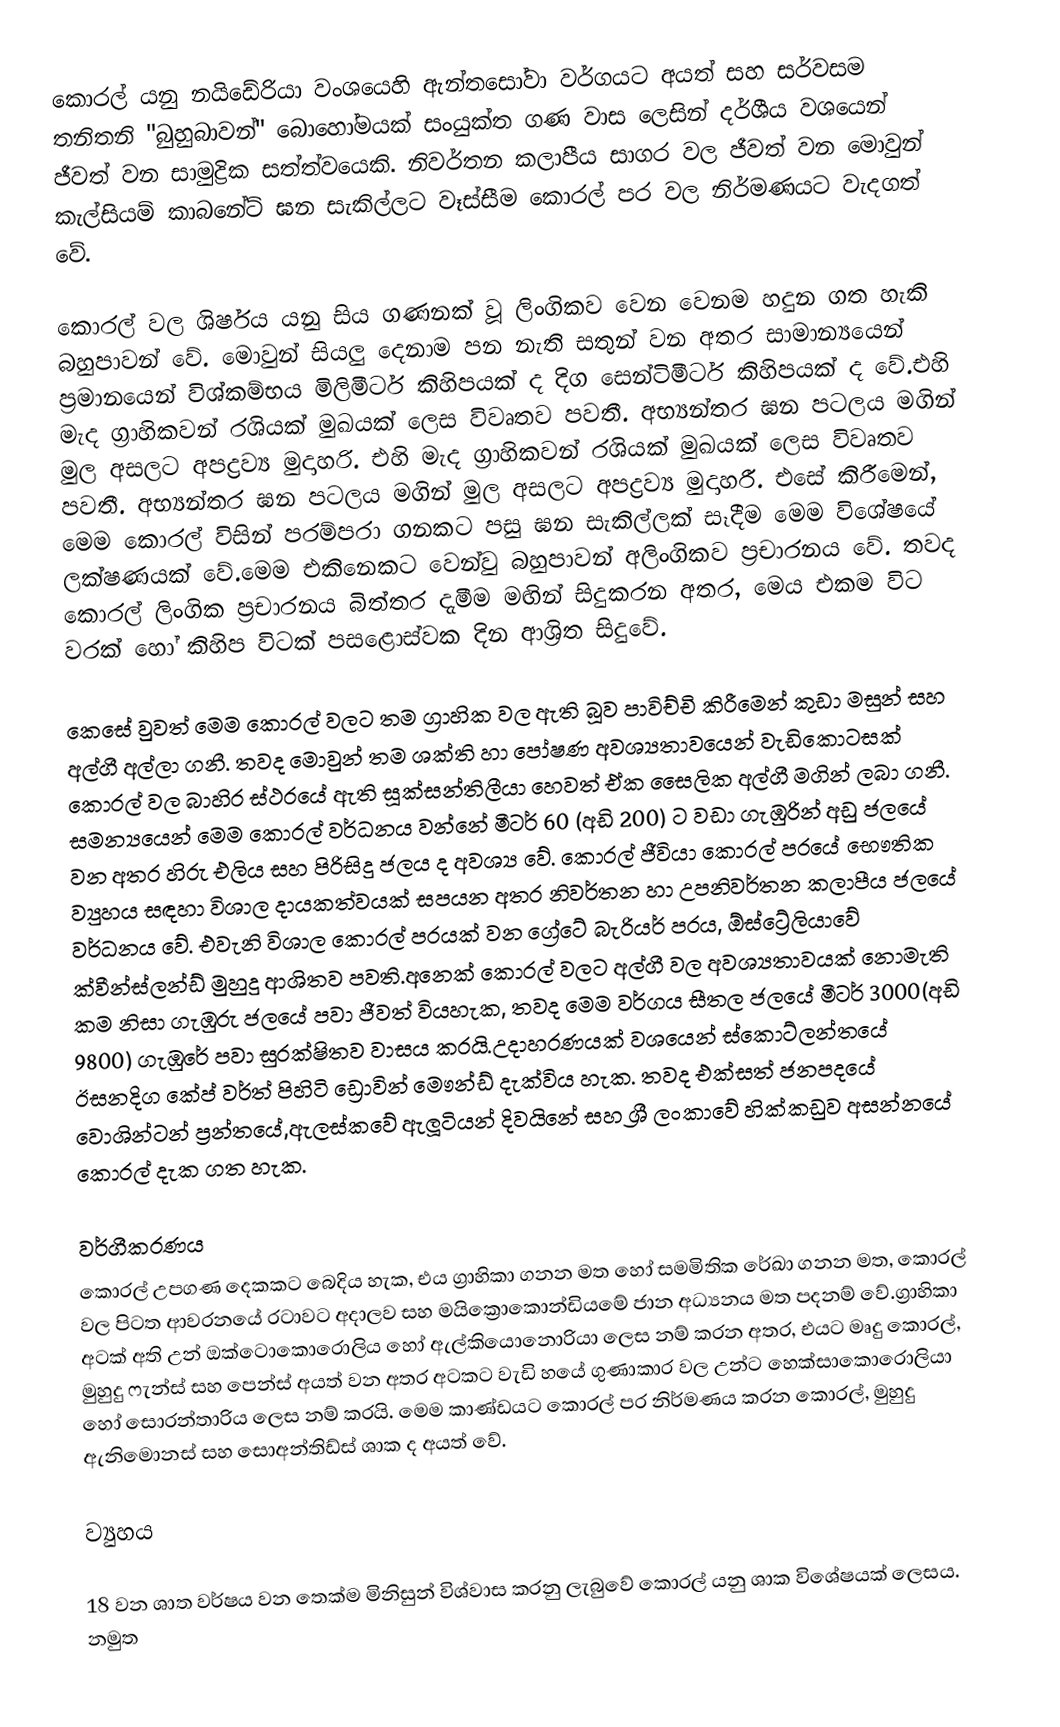
කොරල් යනු  නයිඩේරියා වංශයෙහි ඇන්තසෝවා වර්ගයට අයත්  සහ  සර්වසම තනිතනි "බුහුබාවන්" බොහෝමයක්  සංයුක්ත ගණ වාස ලෙසින් දර්ශීය වශයෙන් ජීවත් වන සාමුද්‍රික සත්ත්වයෙකි. නිවර්තන කලාපීය සාගර වල ජීවත් වන මොවුන් කැල්සියම් කාබනේට් ඝන සැකිල්ලට වෑස්සීම කොරල් පර වල නිර්මණයට වැදගත් වේ.

කොරල් වල ශිර්ෂය යනු සිය ගණනක් වූ ලිංගිකව වෙන වෙනම හදුන ගත හැකි බහුපාවන් වේ. මොවුන් සියලු දෙනාම පන නැති සතුන් වන අතර  සාමාන්‍යයෙන් ප්‍රමානයෙන් විශ්කම්භය මිලිමීටර් කිහිපයක් ද දිග සෙන්ටිමීටර් කිහිපයක් ද වේ.එහි මැද ග්‍රාහිකවන් රශියක් මුඛයක් ලෙස විවෘතව පවතී.  අභ්‍යන්තර ඝන පටලය මගින් මුල අසලට අපද්‍රව්‍ය මුදාහරි.	එහි මැද ග්‍රාහිකවන් රශියක් මුඛයක් ලෙස විවෘතව පවතී. අභ්‍යන්තර ඝන පටලය මගින් මුල අසලට අපද්‍රව්‍ය මුදාහරී. එසේ කිරීමෙන්, මෙම කොරල් විසින් පරම්පරා ගනකට පසු ඝන සැකිල්ලක් සෑදීම මෙම විශේෂයේ ලක්ෂණයක් වේ.මෙම එකිනෙකට වෙන්වු බහුපාවන් අලිංගිකව ප්‍රචාරනය වේ. තවද කොරල් ලිංගික ප්‍රචාරනය බිත්තර දැමීම මඟින් සිදුකරන අතර, මෙය එකම විට වරක් හෝ කිහිප විටක් පසළොස්වක දින ආශ්‍රිත සිදුවේ.

කෙසේ වුවත් මෙම කොරල් වලට තම ග්‍රාහික වල ඇති බූව පාවිච්චි කිරීමෙන් කුඩා මසුන් සහ අල්ගී අල්ලා ගනී. තවද මොවුන් තම ශක්ති හා පෝෂණ අවශ්‍යතාවයෙන් වැඩිකොටසක් කොරල් වල බාහිර ස්ථරයේ ඇති සූක්සන්තිලීයා හෙවත් ඒක සෛලික අල්ගී මගින් ලබා ගනී. සමන්‍යයෙන් මෙම කොරල් වර්ධනය වන්නේ මීටර් 60 (අඩි 200) ට වඩා ගැඹුරින් අඩු ජලයේ වන අතර හිරු එලිය සහ පිරිසිදු ජලය ද අවශ්‍ය වේ. කොරල් ජීවියා කොරල් පරයේ භෞතික ව්‍යුහය සඳහා විශාල දායකත්වයක් සපයන අතර නිවර්තන හා උපනිවර්තන කලාපීය ජලයේ වර්ධනය වේ. එවැනි විශාල කොරල් පරයක් වන ග්‍රේටේ බැරියර් පරය, ඕස්ට්‍රේලියාවේ ක්වීන්ස්ලන්ඩ් මුහුදු ආශිතව පවති.අනෙක් කොරල් වලට අල්ගී වල අවශ්‍යතාවයක් නොමැති කම නිසා ගැඹුරු ජලයේ පවා ජීවත් වියහැක, තවද මෙම වර්ගය සීතල ජලයේ මීටර් 3000(අඩි 9800) ගැඹුරේ පවා සුරක්ෂිතව වාසය කරයි.උදාහරණයක් වශයෙන් ස්කොට්ලන්තයේ ඊසනදිග කේප් වර්ත් පිහිටි ඩ්‍රොවින් මෞන්ඩ් දැක්විය හැක. තවද එක්සත් ජනපදයේ වොශින්ටන් ප්‍රන්තයේ,ඇලස්කවේ ඇලූටියන් දිවයිනේ සහ ශ්‍රී ලංකාවේ හික්කඩුව අසන්නයේ කොරල් දැක ගත හැක.

වර්ගීකරණය
කොරල් උපගණ දෙකකට බෙදිය හැක, එය ග්‍රාහිකා ගනන මත හෝ සමමිතික රේඛා ගනන මත, කොරල් වල පිටත ආවරනයේ රටාවට අදාලව සහ මයික්‍රොකොන්ඩියමේ ජාන අධ්‍යනය මත පදනම් වේ.ග්‍රාහිකා අටක් අති උන් ඔක්ටොකොරොලිය හෝ ඇල්කියොනොරියා ලෙස නම් කරන අතර, එයට මෘදු කොරල්, මුහුදු ෆැන්ස් සහ පෙන්ස් අයත් වන අතර අටකට වැඩි හයේ ගුණාකාර වල උන්ට හෙක්සාකොරොලියා හෝ සොරන්තාරිය ලෙස නම් කරයි. මෙම කාණ්ඩයට කොරල් පර නිර්මණය කරන කොරල්, මුහුදු ඇනිමොනස් සහ සොඅන්තිඩ්ස් ශාක ද අයත් වේ.

ව්‍යුහය

18 වන ශාත වර්ෂය වන තෙක්ම මිනිසුන් විශ්වාස කරනු ලැබුවේ කොරල් යනු ශාක විශේෂයක් ලෙසය. නමුත